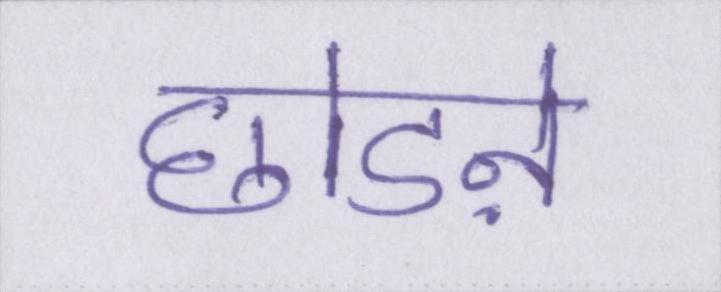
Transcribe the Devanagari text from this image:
छोडऩे